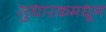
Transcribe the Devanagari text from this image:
सुधारकमधून